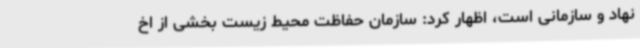
نهاد و سازمانی است، ‌اظهار کرد: سازمان حفاظت محیط زیست بخشی از اخ